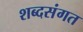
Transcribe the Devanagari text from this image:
शब्दसंगत